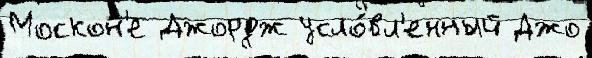
Москон'е Джордж усло́вл'енный Джо